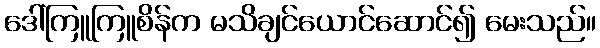
ဒေါ်ကြူကြူစိန်က မသိချင်ယောင်ဆောင်၍ မေးသည်။